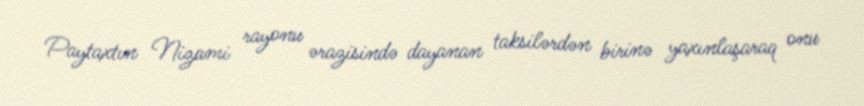
Paytaxtın Nizami rayonu ərazisində dayanan taksilərdən birinə yaxınlaşaraq onu